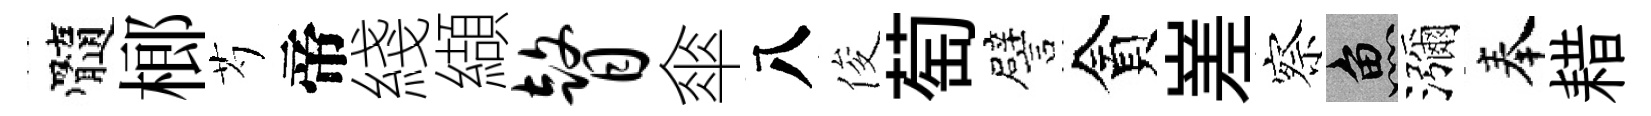
髓榔芍帝綫纈瞽傘八俊萄譬貪嵳察魚瀰奉耤